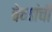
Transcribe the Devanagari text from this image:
वेच्यांची